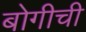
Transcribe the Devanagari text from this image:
बोगीची